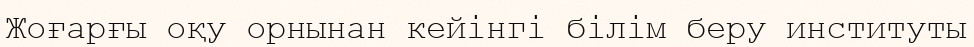
Жоғарғы оқу орнынан кейінгі білім беру институты